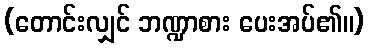
(တောင်းလျှင် ဘဏ္ဍာစား ပေးအပ်၏။)